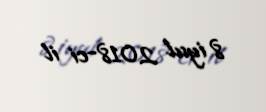
8 iyul 2018-ci il